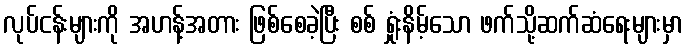
လုပ်ငန်းများကို အဟန့်အတား ဖြစ်စေခဲ့ပြီး စစ် ရှုံးနိမ့်သော ဖက်သို့ဆက်ဆံရေးများမှာ